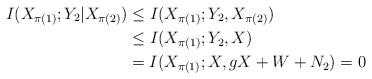
LaTeX: \begin{align*} I(X_{\pi(1)};Y_2|X_{\pi(2)}) &\le I(X_{\pi(1)};Y_2,X_{\pi(2)}) \\ &\le I(X_{\pi(1)};Y_2,X) \\ &= I(X_{\pi(1)};X,gX+W+N_2) =0 \end{align*}